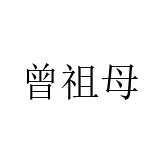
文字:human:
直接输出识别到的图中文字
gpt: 曾祖母